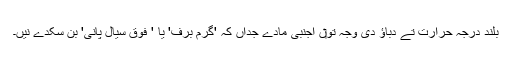
بلند درجہ حرارت تے دباؤ دی وجہ تو‏ں اجنبی مادّے جداں کہ 'گرم برف' یا ' فوق سیال پانی' بن سکدے نيں۔